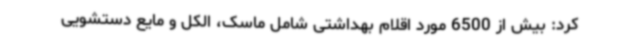
کرد: بیش از 6500 مورد اقلام بهداشتی شامل ماسک، الکل و مایع دستشویی